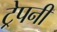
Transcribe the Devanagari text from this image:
ट्रेपनी